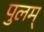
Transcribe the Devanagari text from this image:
पुलम्